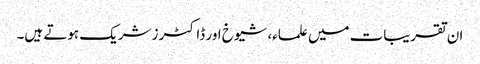
ان تقریبات میں علماء، شیوخ اور ڈاکٹرز شریک ہوتے ہیں۔